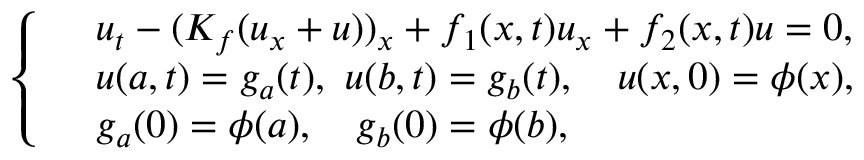
\left\{ \begin{array} { r l } & { u _ { t } - ( K _ { f } ( u _ { x } + u ) ) _ { x } + f _ { 1 } ( x , t ) u _ { x } + f _ { 2 } ( x , t ) u = 0 , } \\ & { u ( a , t ) = g _ { a } ( t ) , \ u ( b , t ) = g _ { b } ( t ) , \quad u ( x , 0 ) = \phi ( x ) , } \\ & { g _ { a } ( 0 ) = \phi ( a ) , \quad g _ { b } ( 0 ) = \phi ( b ) , } \end{array} \right.